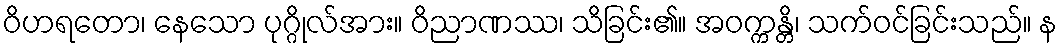
ဝိဟရတော၊ နေသော ပုဂ္ဂိုလ်အား။ ဝိညာဏဿ၊ သိခြင်း၏။ အဝက္ကန္တိ၊ သက်ဝင်ခြင်းသည်။ န